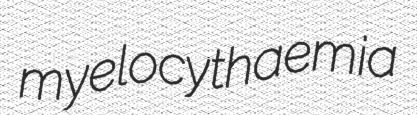
myelocythaemia